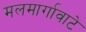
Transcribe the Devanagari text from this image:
मलमार्गावाटे